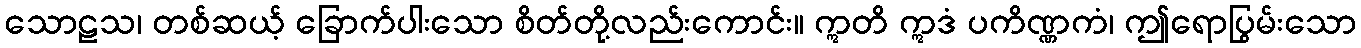
သောဠသ၊ တစ်ဆယ့် ခြောက်ပါးသော စိတ်တို့လည်းကောင်း။ ဣတိ ဣဒံ ပကိဏ္ဏကံ၊ ဤရောပြွမ်းသော